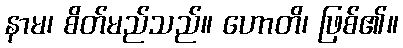
နာမ၊ စိတ်မည်သည်။ ဟောတိ၊ ဖြစ်၏။